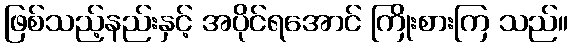
ဖြစ်သည့်နည်းနှင့် အပိုင်ရအောင် ကြိုးစားကြ သည်။